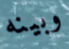
وبينه